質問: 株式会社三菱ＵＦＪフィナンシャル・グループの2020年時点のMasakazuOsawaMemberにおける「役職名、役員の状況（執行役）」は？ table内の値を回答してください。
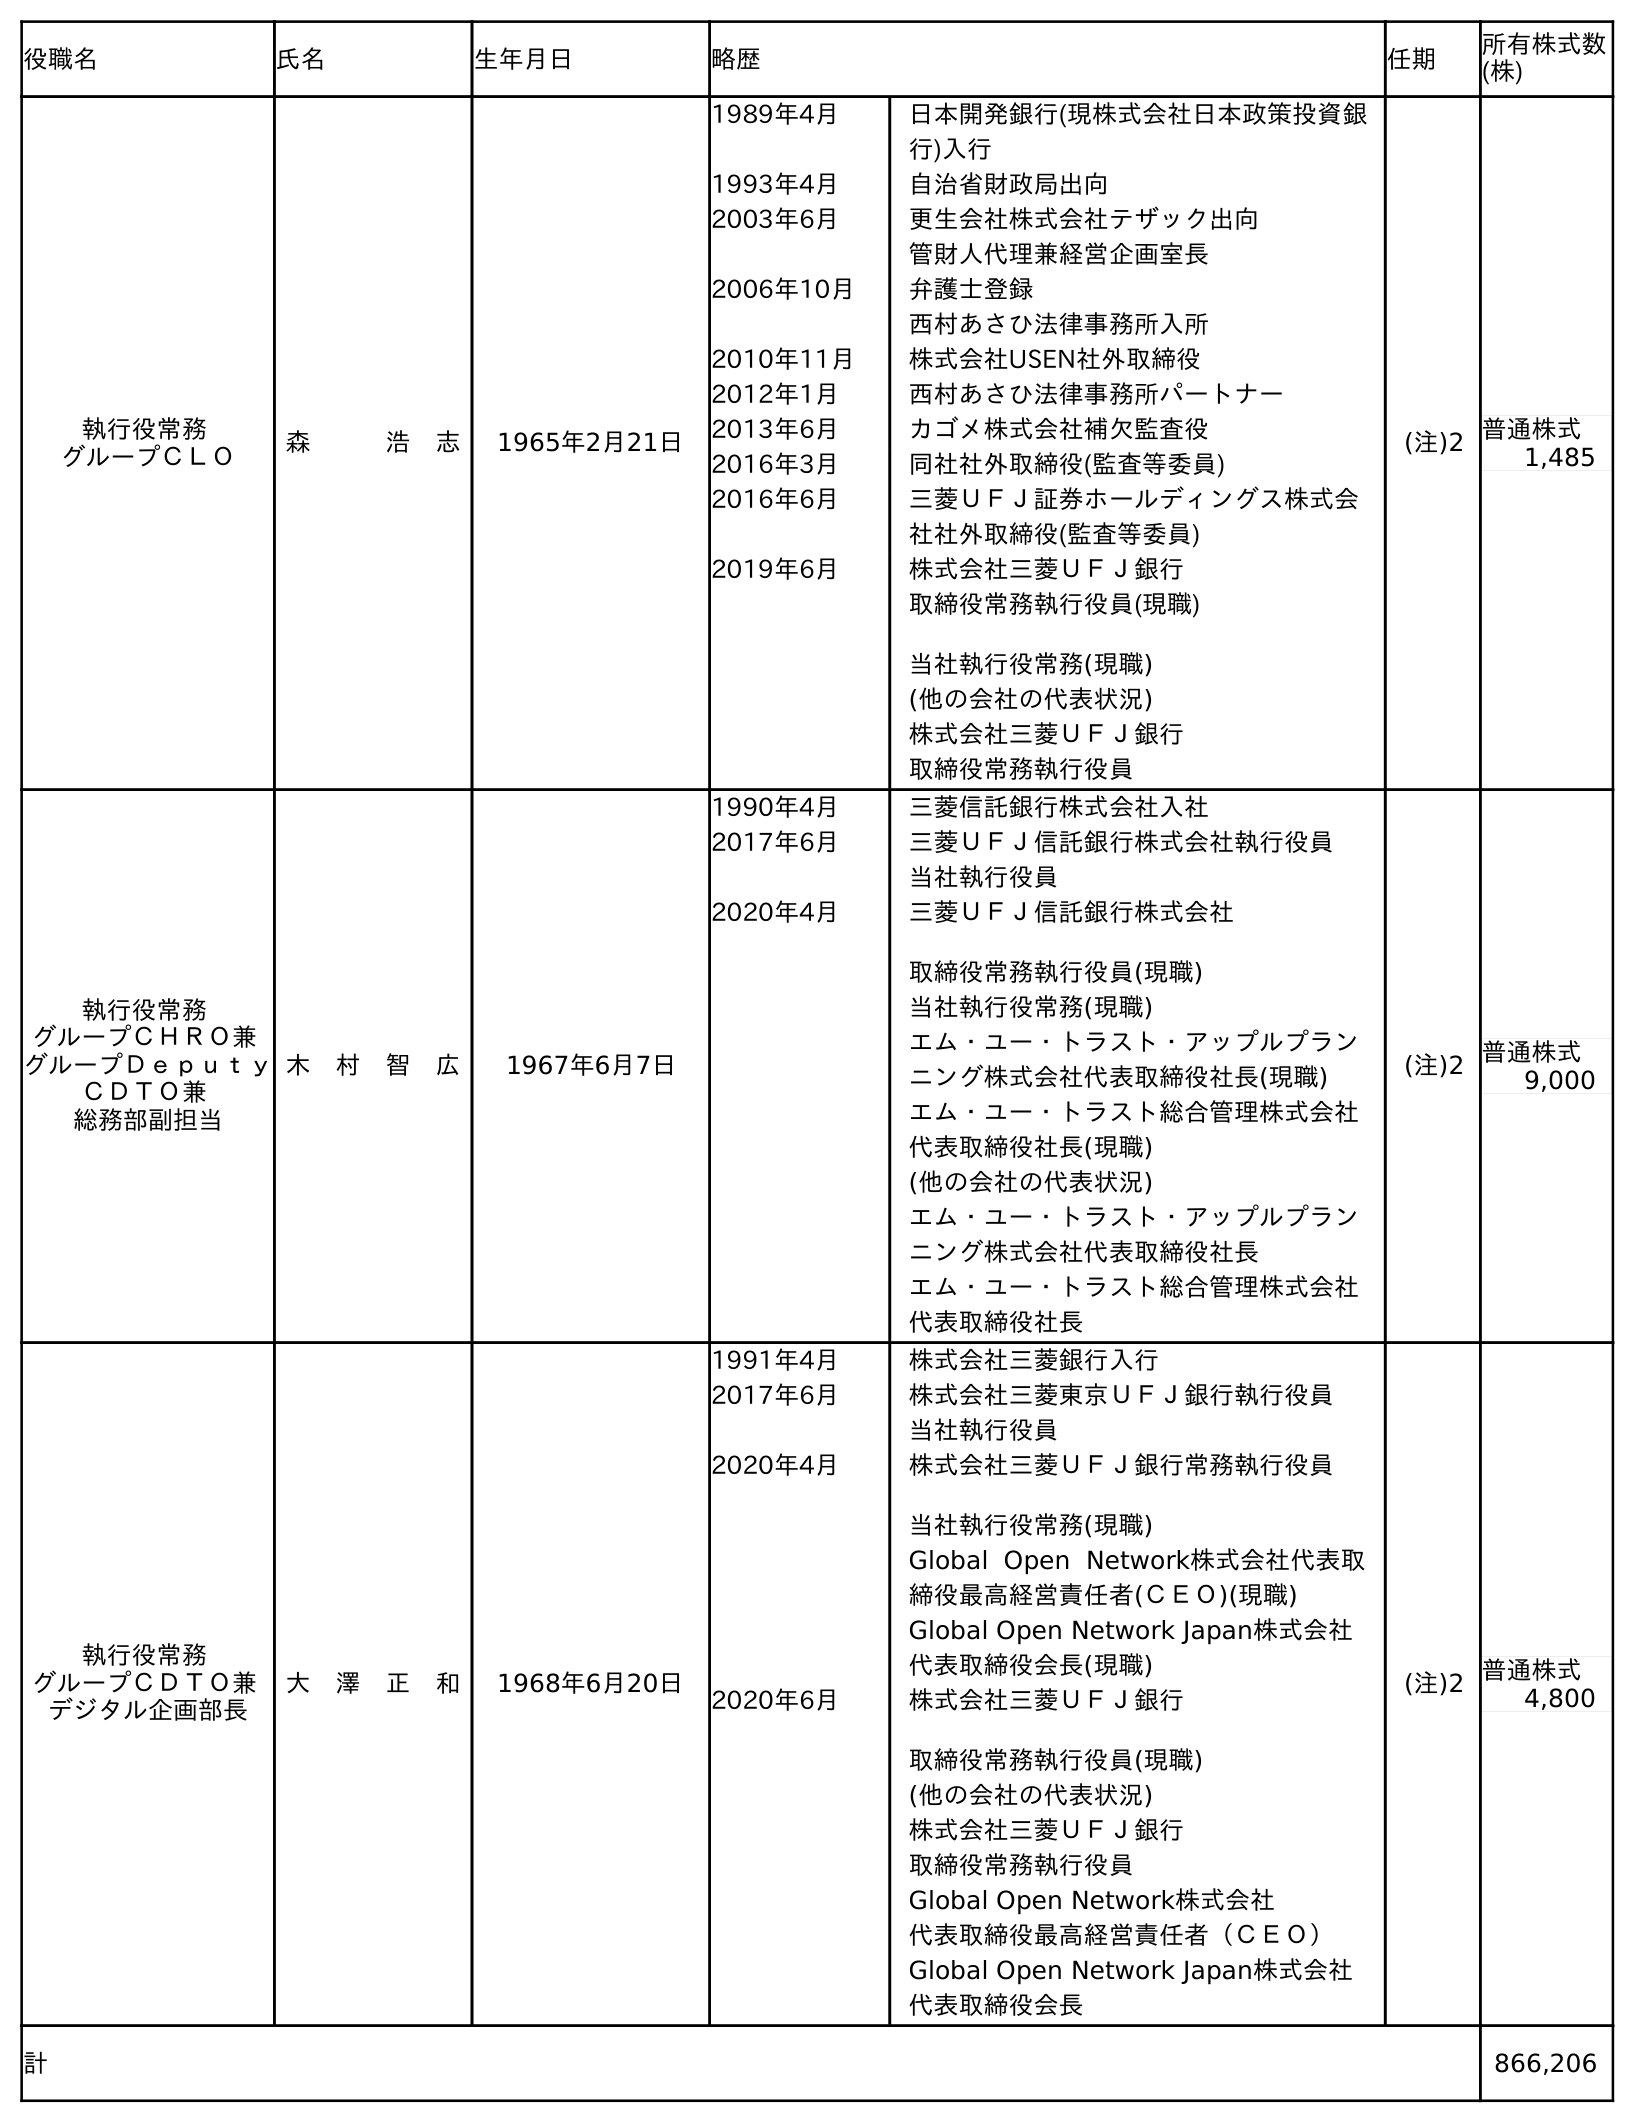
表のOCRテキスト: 役職名 氏名 生年月日 略歴 任期 所有株式数 (株) 執行役常務 グループＣＬＯ 森   浩 志 1965年2月21日 1989年4月 日本開発銀行(現株式会社日本政策投資銀 行)入行 1993年4月 自治省財政局出向 2003年6月 更生会社株式会社テザック出向 管財人代理兼経営企画室長 2006年10月 弁護士登録 西村あさひ法律事務所入所 2010年11月 株式会社USEN社外取締役 2012年1月 西村あさひ法律事務所パートナー 2013年6月 カゴメ株式会社補欠監査役 2016年3月 同社社外取締役(監査等委員) 2016年6月 三菱ＵＦＪ証券ホールディングス株式会 社社外取締役(監査等委員) 2019年6月 株式会社三菱ＵＦＪ銀行 取締役常務執行役員(現職) 当社執行役常務(現職) (他の会社の代表状況) 株式会社三菱ＵＦＪ銀行 取締役常務執行役員 (注)2 普通株式 1,485 執行役常務 グループＣＨＲＯ兼 グループＤｅｐｕｔｙ ＣＤＴＯ兼 総務部副担当 木 村 智 広 1967年6月7日 1990年4月 三菱信託銀行株式会社入社 2017年6月 三菱ＵＦＪ信託銀行株式会社執行役員 当社執行役員 2020年4月 三菱ＵＦＪ信託銀行株式会社 取締役常務執行役員(現職) 当社執行役常務(現職) エム・ユー・トラスト・アップルプラン ニング株式会社代表取締役社長(現職) エム・ユー・トラスト総合管理株式会社 代表取締役社長(現職) (他の会社の代表状況) エム・ユー・トラスト・アップルプラン ニング株式会社代表取締役社長 エム・ユー・トラスト総合管理株式会社 代表取締役社長 (注)2 普通株式 9,000 執行役常務 グループＣＤＴＯ兼 デジタル企画部長 大 澤 正 和 1968年6月20日 1991年4月 株式会社三菱銀行入行 2017年6月 株式会社三菱東京ＵＦＪ銀行執行役員 当社執行役員 2020年4月 株式会社三菱ＵＦＪ銀行常務執行役員 当社執行役常務(現職) Global Open Network株式会社代表取 締役最高経営責任者(ＣＥＯ)(現職) Global Open Network Japan株式会社 代表取締役会長(現職) 2020年6月 株式会社三菱ＵＦＪ銀行 取締役常務執行役員(現職) (他の会社の代表状況) 株式会社三菱ＵＦＪ銀行 取締役常務執行役員 Global Open Network株式会社 代表取締役最高経営責任者（ＣＥＯ） Global Open Network Japan株式会社 代表取締役会長 (注)2 普通株式 4,800 計 866,206
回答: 執行役常務グループＣＤＴＯ兼デジタル企画部長